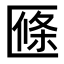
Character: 𠥑